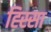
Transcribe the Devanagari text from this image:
ह्स्सिा